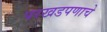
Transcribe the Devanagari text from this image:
परखडपणाचे